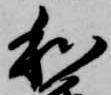
和